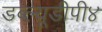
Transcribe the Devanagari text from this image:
डब्ल्यूडीपी४